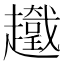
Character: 𧾞